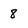
Character: 8